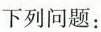
下列问题：